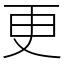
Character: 更